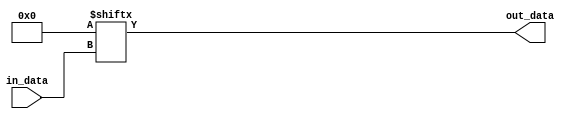
// This program was cloned from: https://github.com/ryuz/jelly
// License: MIT License



`timescale 1ns / 1ps
`default_nettype none



module bb_lut
		#(
			parameter					DEVICE = "RTL",
			parameter					N      = 6,
			parameter	[(1<<N)-1:0]	INIT   = {(1<<N){1'b0}}
		)
		(
			input	wire	[N-1:0]		in_data,
			output	wire				out_data
		);
	
	generate
	if ( DEVICE == "7SERIES" && N == 6 ) begin : xilinx_7series
		LUT6
				#(
					.INIT	(INIT)
				)
			i_lut6
				(
					.O		(out_data),
					.I0		(in_data[0]),
					.I1		(in_data[1]),
					.I2		(in_data[2]),
					.I3		(in_data[3]),
					.I4		(in_data[4]),
					.I5		(in_data[5])
				);
	end
	else begin : rtl
		wire	[(1<<N)-1:0]	lut_table = INIT;
		assign out_data = lut_table[in_data];
	end
	endgenerate
	
	
endmodule



`default_nettype wire